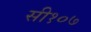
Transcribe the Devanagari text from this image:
सी१०७